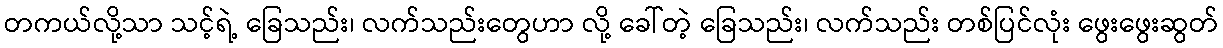
တကယ်လို့သာ သင့်ရဲ့ ခြေသည်း၊ လက်သည်းတွေဟာ လို့ ခေါ်တဲ့ ခြေသည်း၊ လက်သည်း တစ်ပြင်လုံး ဖွေးဖွေးဆွတ်